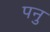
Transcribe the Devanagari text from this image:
पनु